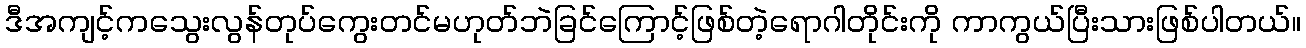
ဒီအကျင့်ကသွေးလွန်တုပ်ကွေးတင်မဟုတ်ဘဲခြင်ကြောင့်ဖြစ်တဲ့ရောဂါတိုင်းကို ကာကွယ်ပြီးသားဖြစ်ပါတယ်။